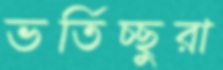
ভর্তিচ্ছুরা